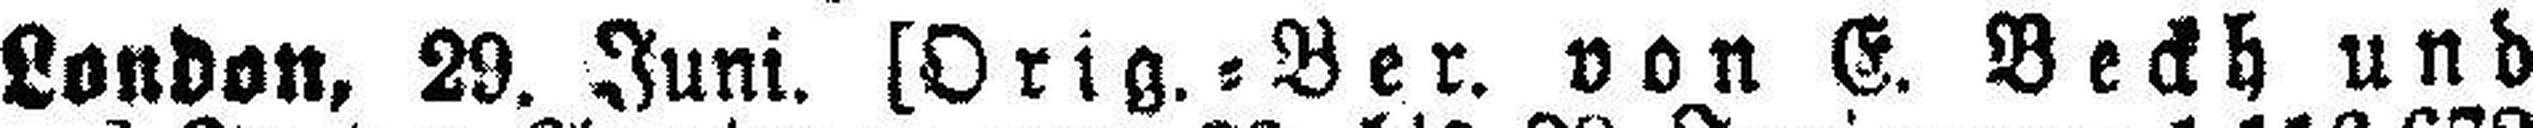
London, 29. Juni. [Orig. = Ber. von E. Beckh und